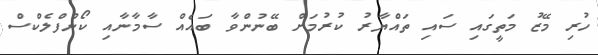
ހުރި މޭޒު މަތީގައި ސައި ތައްޔާރު ކުރުމަށް ބޭނުންވާ ބައެއް ސާމާނާއި ކޯންފްލެކްސް